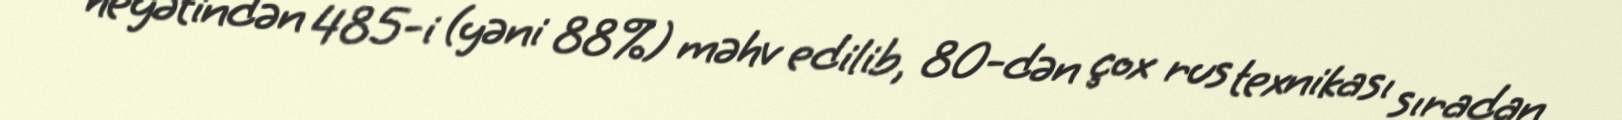
heyətindən 485-i (yəni 88%) məhv edilib, 80-dən çox rus texnikası sıradan